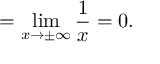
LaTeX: = \operatorname* { l i m } _ { x \to \pm \infty } { \frac { 1 } { x } } = 0 .